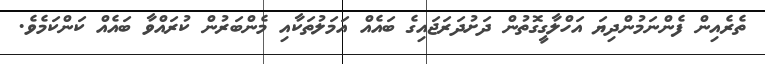
ތެރެއިން ފެންނަމުންދިޔަ އަހްލާގީގޮތުން ދަށުދަރަޖައިގެ ބައެއް އަމަލުތަކާއި މެންބަރުން ކުރައްވާ ބައެއް ކަންކަމެވެ.